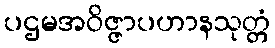
ပဌမအဝိဇ္ဇာပဟာနသုတ္တံ